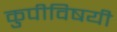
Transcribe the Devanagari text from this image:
कुपीविषयी